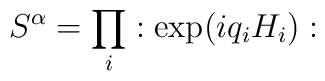
S^{\alpha }=\prod _{i}:\exp (iq_{i}H_{i}):